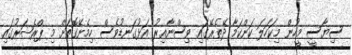
ސިޔާސީ މީހުން މިކަހަލަ ކަންކަމާ ދޭތެރޭގައި ވިސްނާއިރު އަޅުގަނޑުވެސް ހިމެނޭގޮތަށް މި ޕްރެޝަރުގައި